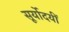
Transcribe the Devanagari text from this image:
सूर्योदयीं